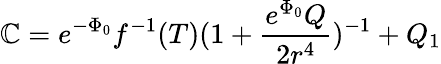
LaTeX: \mathbb{C}=e^{-\Phi_{0}}f^{-1}(T)(1+\frac{{e^{\Phi_{0}}Q}}{{2r^{4}}})^{-1}+Q_{1}